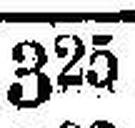
325